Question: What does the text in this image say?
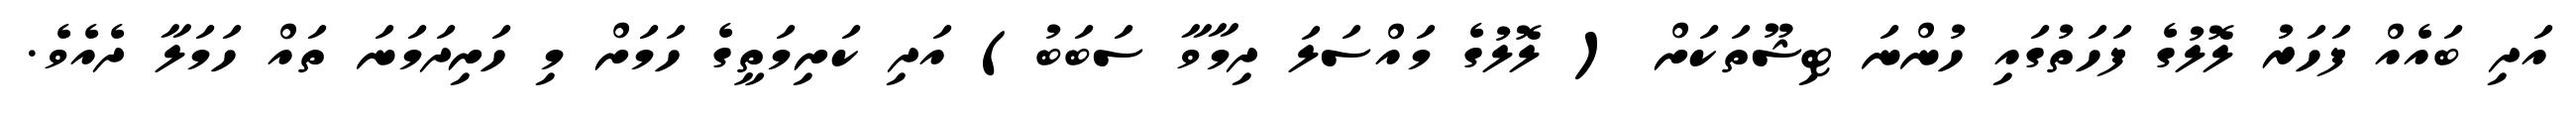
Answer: އަދި ބައެއް ފަހަރު ލޮލުގެ ފަހަތުގައި ހުންނަ ޓިޝޫތަކަށް ( ލޮލުގެ މައްސަލަ ދިމާވާ ސަބަބު) އަދި ކަށިމަތީގެ ހަމަށް މި ހަށިދަމަނަ ތައް ހަމަލާ ދެއެވެ.